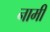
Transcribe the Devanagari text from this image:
नामीं